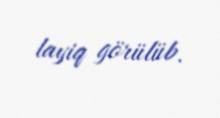
layiq görülüb.